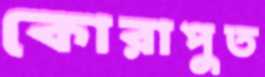
কোরাপুত